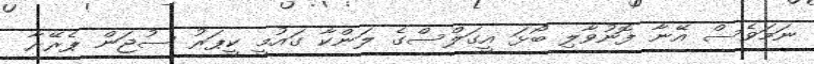
ނަމަވެސް އޭނާ ފޮނުވާލި ބޯޅަ އީގަލްސްގެ ލަންކާ ގައުމީ ކީޕަރު ސުޖަން ޕެރޭރާ